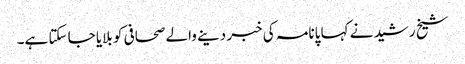
شیخ رشید نے کہا پانامہ کی خبر دینے والے صحافی کو بلایا جا سکتا ہے۔